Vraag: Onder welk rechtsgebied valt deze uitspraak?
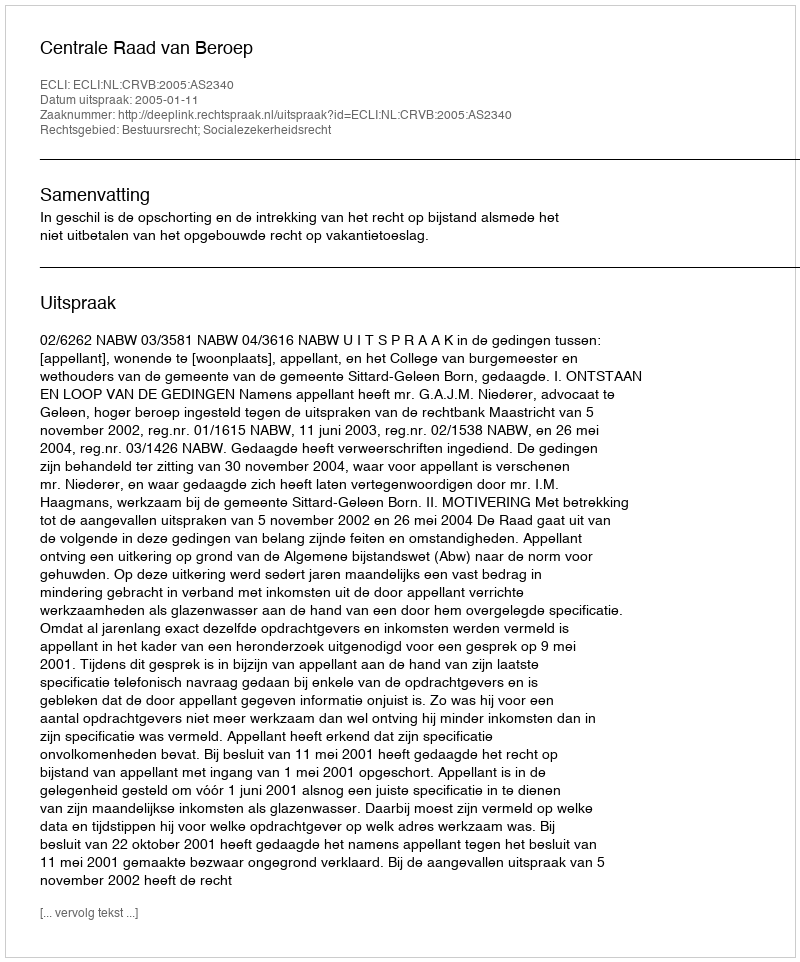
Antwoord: Bestuursrecht; Socialezekerheidsrecht